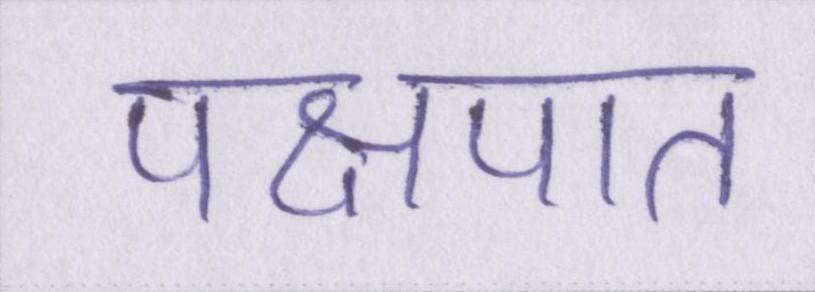
पक्षपात